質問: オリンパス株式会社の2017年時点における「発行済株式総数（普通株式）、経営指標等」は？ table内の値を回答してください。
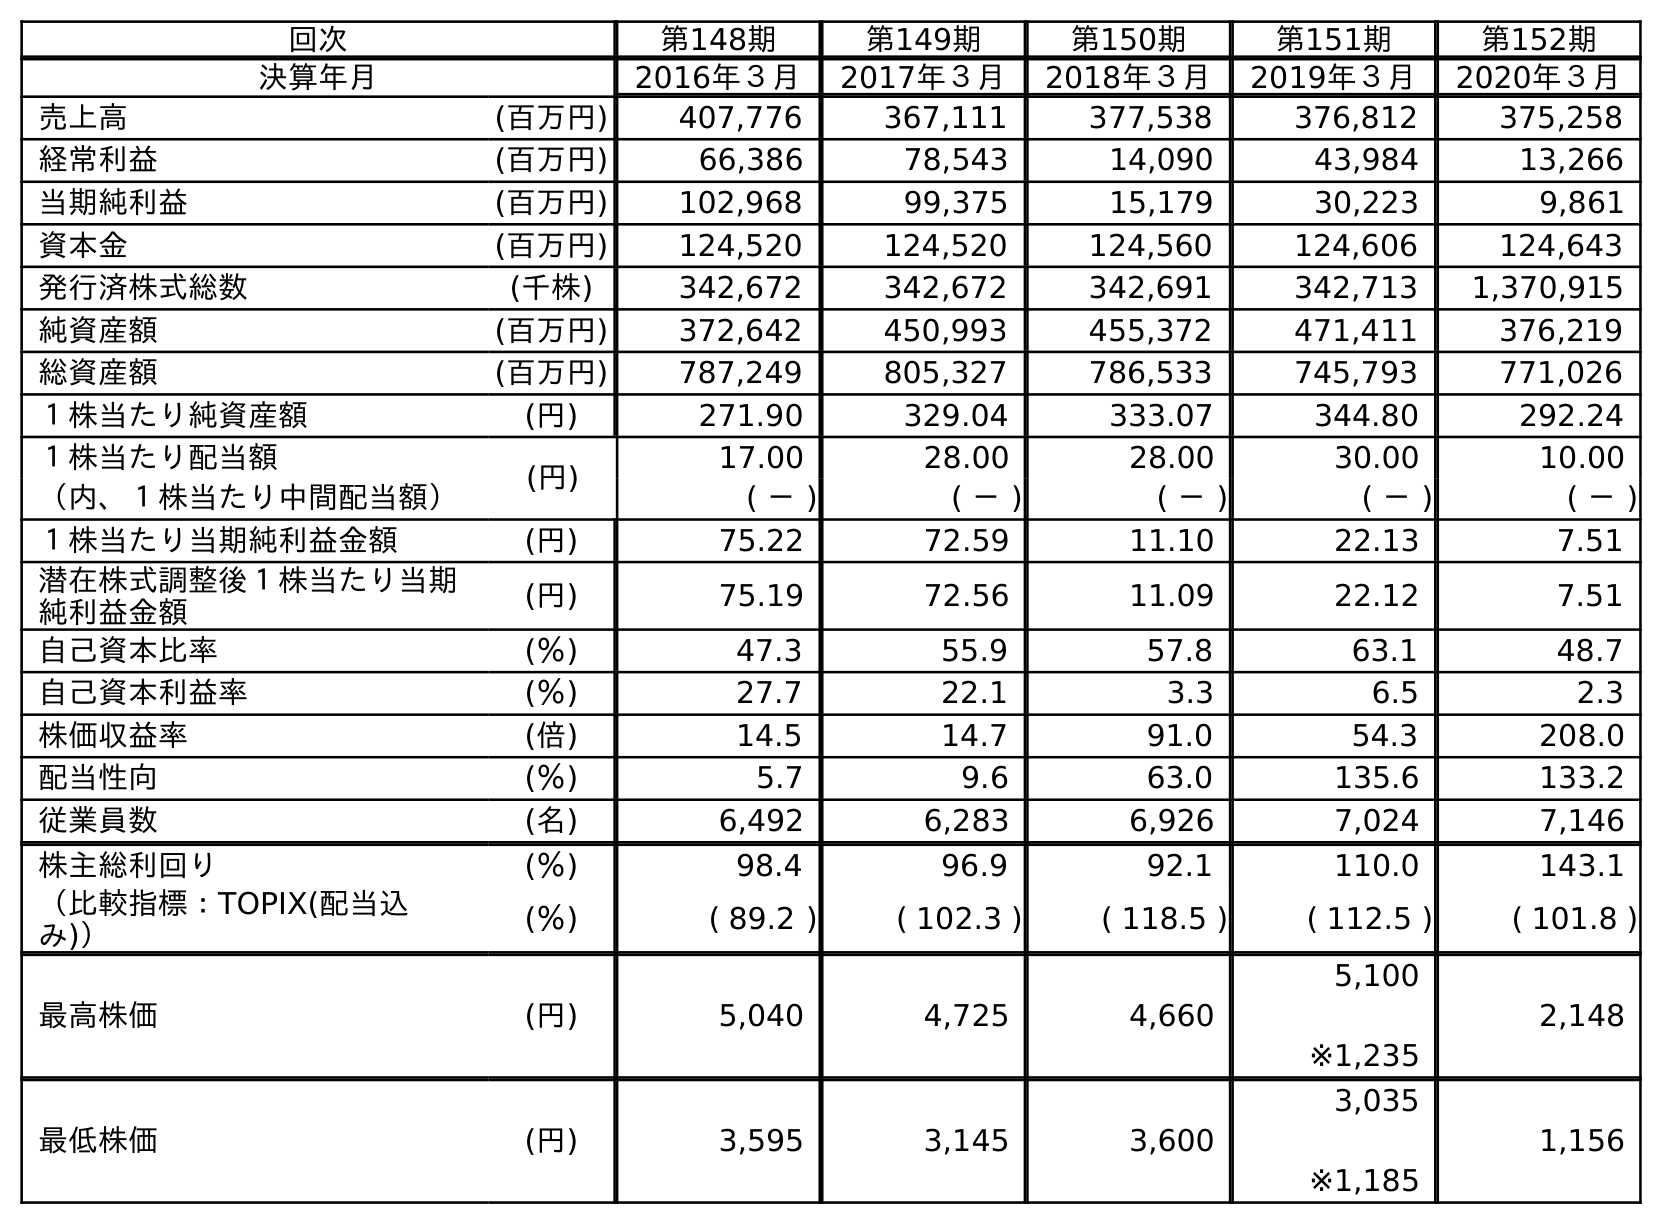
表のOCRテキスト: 回次 第148期 第149期 第150期 第151期 第152期 決算年月 2016年３月 2017年３月 2018年３月 2019年３月 2020年３月 売上高 (百万円) 407,776 367,111 377,538 376,812 375,258 経常利益 (百万円) 66,386 78,543 14,090 43,984 13,266 当期純利益 (百万円) 102,968 99,375 15,179 30,223 9,861 資本金 (百万円) 124,520 124,520 124,560 124,606 124,643 発行済株式総数 (千株) 342,672 342,672 342,691 342,713 1,370,915 純資産額 (百万円) 372,642 450,993 455,372 471,411 376,219 総資産額 (百万円) 787,249 805,327 786,533 745,793 771,026 １株当たり純資産額 (円) 271.90 329.04 333.07 344.80 292.24 １株当たり配当額 (円) 17.00 28.00 28.00 30.00 10.00 （内、１株当たり中間配当額） ( － ) ( － ) ( － ) ( － ) ( － ) １株当たり当期純利益金額 (円) 75.22 72.59 11.10 22.13 7.51 潜在株式調整後１株当たり当期 純利益金額 (円) 75.19 72.56 11.09 22.12 7.51 自己資本比率 (％) 47.3 55.9 57.8 63.1 48.7 自己資本利益率 (％) 27.7 22.1 3.3 6.5 2.3 株価収益率 (倍) 14.5 14.7 91.0 54.3 208.0 配当性向 (％) 5.7 9.6 63.0 135.6 133.2 従業員数 (名) 6,492 6,283 6,926 7,024 7,146 株主総利回り (％) 98.4 96.9 92.1 110.0 143.1 （比較指標：TOPIX(配当込 み)） (％) ( 89.2 ) ( 102.3 ) ( 118.5 ) ( 112.5 ) ( 101.8 ) 最高株価 (円) 5,040 4,725 4,660 5,100 ※1,235 2,148 最低株価 (円) 3,595 3,145 3,600 3,035 ※1,185 1,156
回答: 342,672